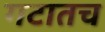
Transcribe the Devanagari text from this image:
गटातच